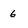
Character: 6